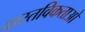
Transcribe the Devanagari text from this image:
वास्तविकताओ